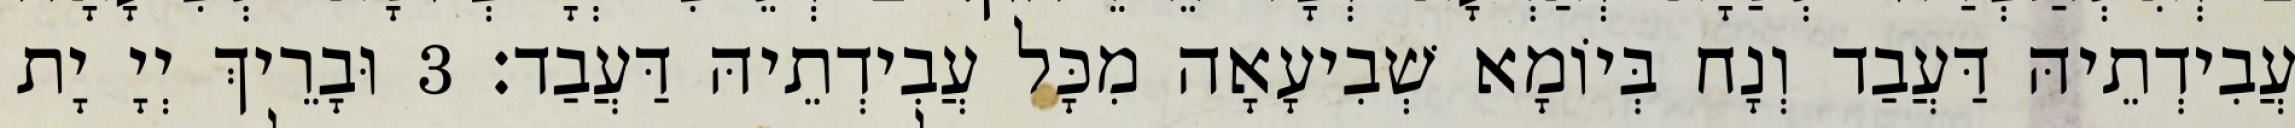
עֲבִידְתֵיהּ דַּעֲבַד וְנָח בְּיוֹמָא שְׁבִיעָאָה מִכָּל עֲבִידְתֵיהּ דַּעֲבַד׃ 3 וּבָרֵיךְ יְיָ יָת